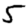
Digit: 5